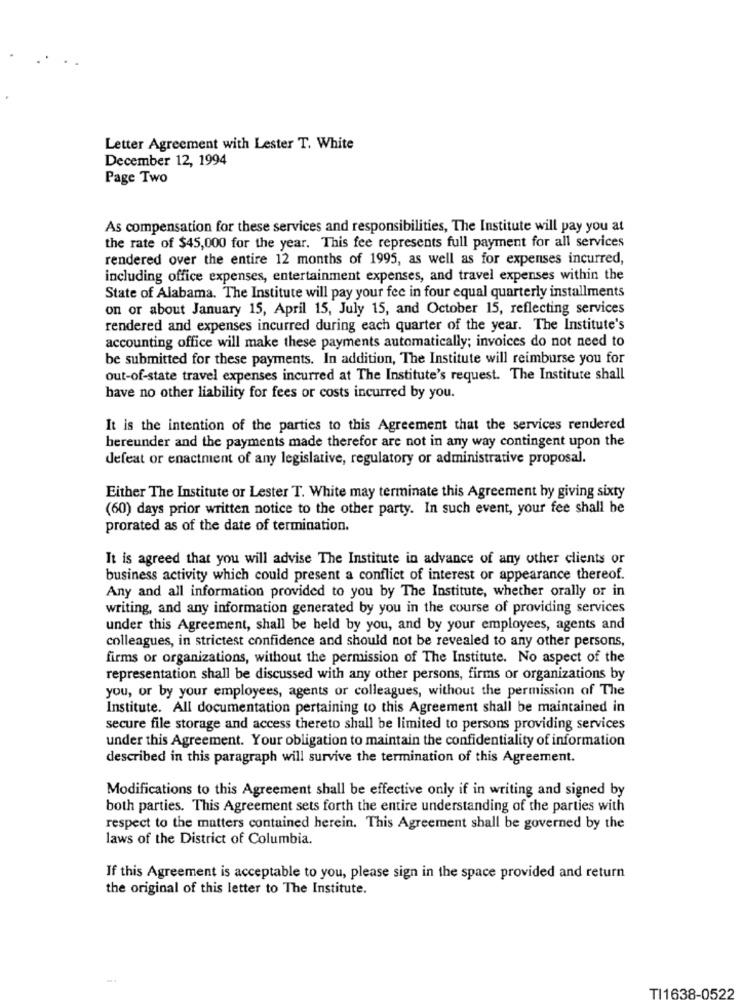
Letter Agreement with Lester T. White
December 12, 1994
Page Two
As compensation for these services and responsibilities, The Institute will pay you at
the rate of $45,000 for the year. This fee represents full payment for all services
rendered over the entire 12 months of 1995, as well as for expenses incurred,
including office expenses, entertainment expenses, and travel expenses within the
State of Alabama. The Institute will pay your fee in four equal quarterly installments
on or about January 15, April 15, July 15, and October 15, reflecting services
rendered and expenses incurred during each quarter of the year. The Institute's
accounting office will make these payments automatically; invoices do not need to
be submitted for these payments. In addition, The Institute will reimburse you for
out-of-state travel expenses incurred at The Institute's request. The Institute shall
have no other liability for fees or costs incurred by you.
It is the intention of the parties to this Agreement that the services rendered
hereunder and the payments made therefor are not in any way contingent upon the
defeat or enactment of any legislative, regulatory or administrative proposal.
Either The Institute or Lester T. White may terminate this Agreement by giving sixty
(60) days prior written notice to the other party. In such event, your fee shall be
prorated as of the date of termination.
It is agreed that you will advise The Institute in advance of any other clients or
business activity which could present a conflict of interest or appearance thereof.
Any and all information provided to you by The Institute, whether orally or in
writing, and any information generated by you in the course of providing services
under this Agreement, shall be held by you, and by your employees, agents and
colleagues, in strictest confidence and should not be revealed to any other persons,
firms or organizations, without the permission of The Institute. No aspect of the
representation shall be discussed with any other persons, firms or organizations by
you, or by your employees, agents or colleagues, without the permission of The
Institute. All documentation pertaining to this Agreement shall be maintained in
secure file storage and access thereto shall be limited to persons providing services
under this Agreement. Your obligation to maintain the confidentiality of information
described in this paragraph will survive the termination of this Agreement.
Modifications to this Agreement shall be effective only if in writing and signed by
both parties. This Agreement sets forth the entire understanding of the parties with
respect to the matters contained herein. This Agreement shall be governed by the
laws of the District of Columbia.
If this Agreement is acceptable to you, please sign in the space provided and return
the original of this letter to The Institute.
TI1638-0522